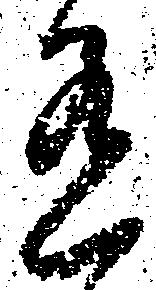
有